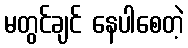
မတွင်ချင် နေပါစေတဲ့